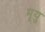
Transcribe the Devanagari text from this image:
मृयु